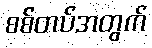
စစ်တပ်အတွက်